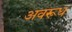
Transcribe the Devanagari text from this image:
अवरूध